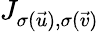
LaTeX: J_{\sigma(\vec{u}),\sigma(\vec{v})}